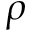
\rho